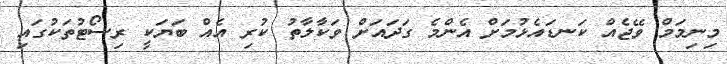
މިނިމަމް ވޭޖެއް ކަނޑައެޅުމަށް އެންމެ ގަދައަށް ވަކާލާތު ކުރި އެއް ބަޔަކީ ރިސޯޓުތަކުގައި